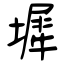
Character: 墀